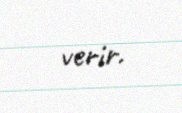
verir.